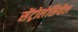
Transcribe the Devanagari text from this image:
सेंट्रोलेसिथैल